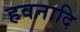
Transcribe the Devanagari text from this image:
हवनादि